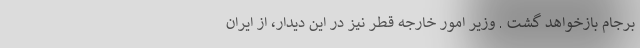
برجام بازخواهد گشت . وزیر امور خارجه قطر نیز در این دیدار، از ایران